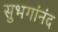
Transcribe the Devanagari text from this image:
सुभगांनंद